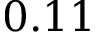
0 . 1 1